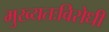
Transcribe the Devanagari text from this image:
मुख्यतःविरोधी